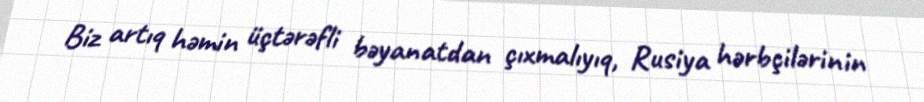
Biz artıq həmin üçtərəfli bəyanatdan çıxmalıyıq, Rusiya hərbçilərinin